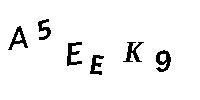
A5EEK9